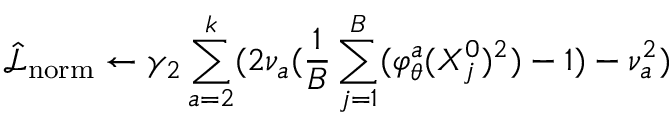
\hat { \mathcal { L } } _ { \mathrm { { n o r m } } } \gets \gamma _ { 2 } \sum _ { a = 2 } ^ { k } ( 2 \nu _ { a } ( \frac { 1 } { B } \sum _ { j = 1 } ^ { B } ( \varphi _ { \theta } ^ { a } ( X _ { j } ^ { 0 } ) ^ { 2 } ) - 1 ) - \nu _ { a } ^ { 2 } )